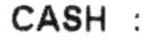
CASH :